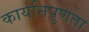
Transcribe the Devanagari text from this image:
कार्यनिपुणता